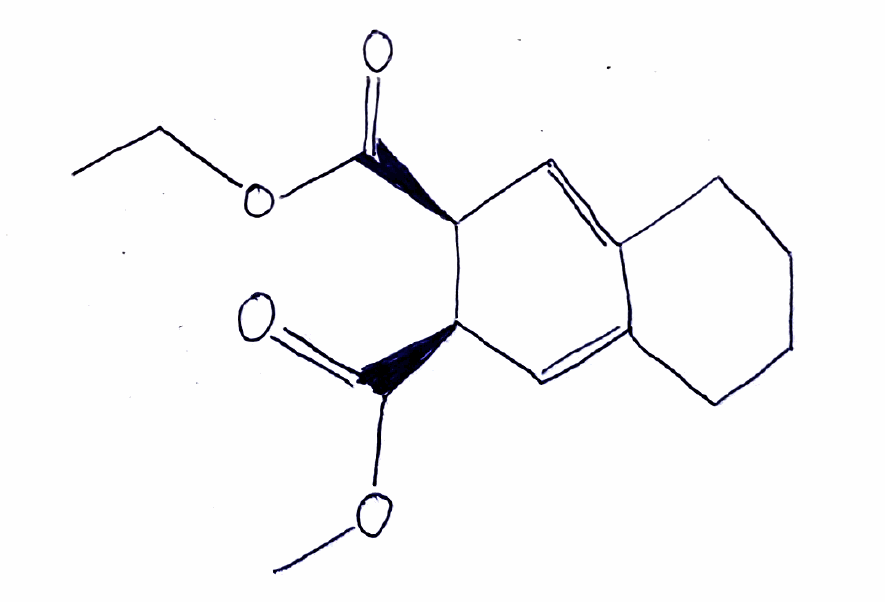
Simplified molecular-input line-entry system (SMILES) notation of the given molecule:
CCOC(=O)[C@H]1C=C2CCCCC2=C[C@H]1C(=O)OC